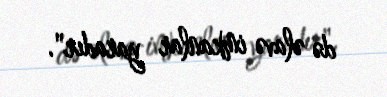
də əlavə imkanlar yaradır".